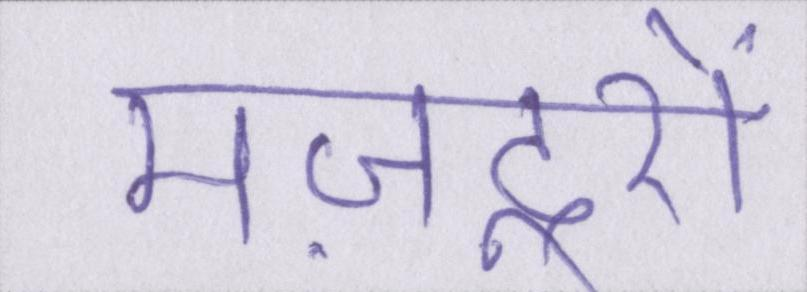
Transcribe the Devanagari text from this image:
मज़दूरों